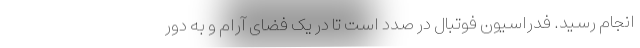
انجام رسید. فدراسیون فوتبال در صدد است تا در یک فضای آرام و به دور